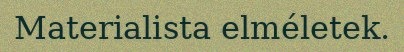
Materialista elméletek.